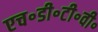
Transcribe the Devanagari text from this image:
एच॰डी॰टी॰वी॰